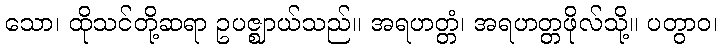
သော၊ ထိုသင်တို့ဆရာ ဥပဇ္ဈာယ်သည်။ အရဟတ္တံ၊ အရဟတ္တဖိုလ်သို့။ ပတွာဝ၊